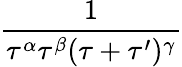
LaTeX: \frac{1}{\tau^{\alpha}\tau^{\beta}(\tau+\tau^{\prime})^{\gamma}}